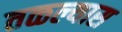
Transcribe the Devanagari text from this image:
तळल्यास